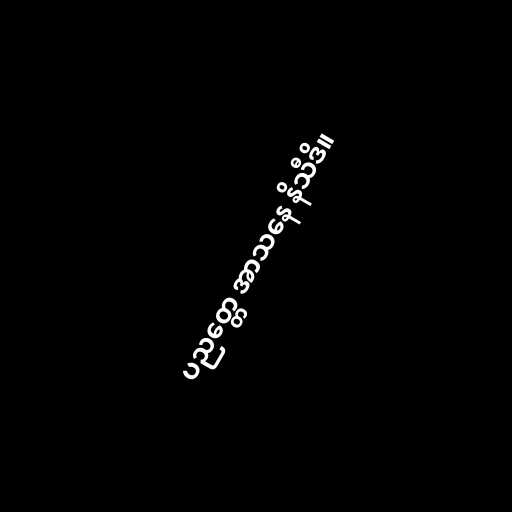
ပညတ္တေ အာသနေ နိသီဒိ။